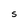
Character: 5